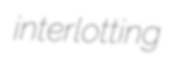
interlotting